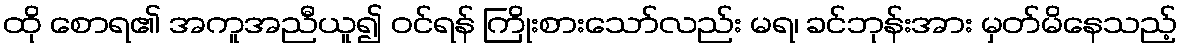
ထို စောရ၏ အကူအညီယူ၍ ဝင်ရန် ကြိုးစားသော်လည်း မရ၊ ခင်ဘုန်းအား မှတ်မိနေသည့်